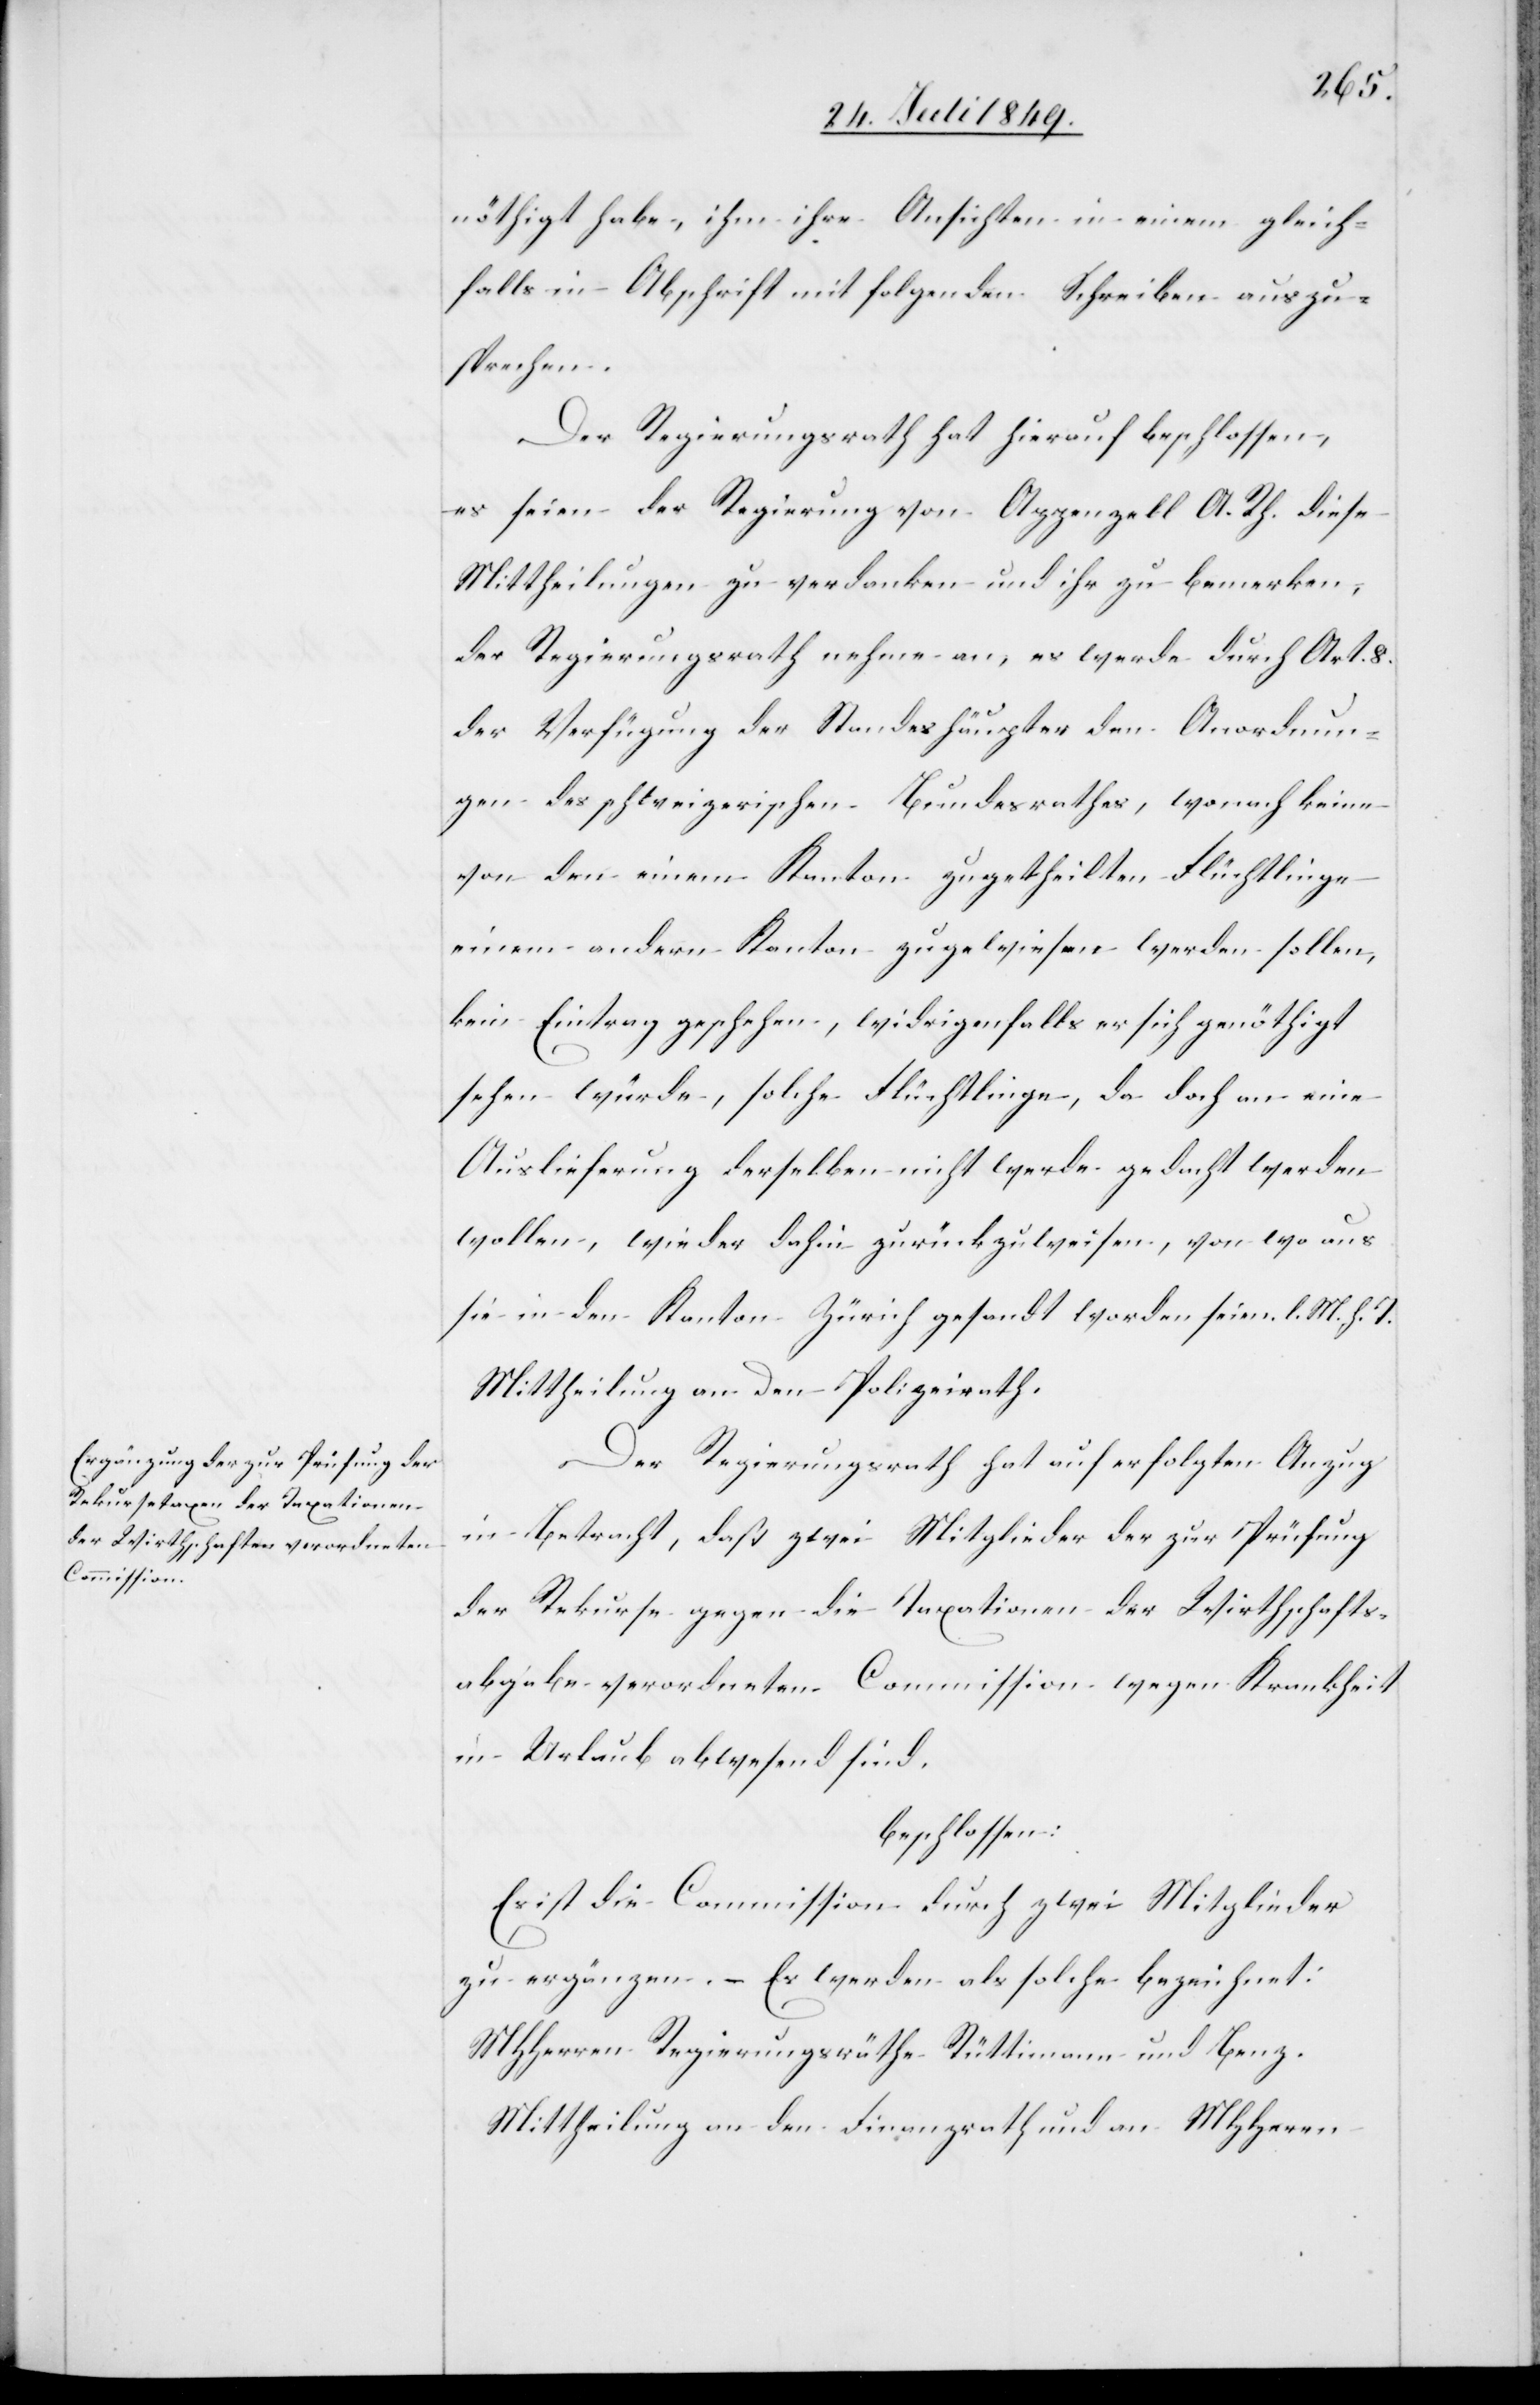
nöthigt habe, ihm ihre Ansichten in einem gleich¬
falls in Abschrift mit folgenden Schreiben auszu¬
sprechen.
Der Regierungsrath hat hierauf beschlossen,
es seien der Regierung von Appenzell A. Rh. diese
Mittheilungen zu verdanken und ihr zu bemerken,
der Regierungsrath nehme an, es werde durch Art. 8.
der Verfügung der Standeshäupter den Anordnun¬
gen des schweizerischen Bundesrathes, wonach keine
von den einem Kanton zugetheilten Flüchtlinge
einem andern Kanton zugewiesen werden sollen,
kein Eintrag geschehen, widrigenfalls er sich genöthigt
sehen würde, solche Flüchtlinge, da doch an eine
Auslieferung derselben nicht werde gedacht werden
wolle, wieder dahin zurückzuweisen, von wo aus
sie in den Kanton Zürich gesandt worden seien. l. M. h. T.
Mittheilung an den Polizeirath.
Der Regierungsrath hat auf erfolgten Anzug
in Betracht, daß zwei Mitglieder der zur Prüfung
der Rekurse gegen die Taxationen der Wirthschafts¬
abgabe verordneten Commission wegen Krankheit
in Urlaub abwesend sind.
beschlossen:
Es ist die Commission durch zwei Mitglieder
zu ergänzen. – Es werden als solche bezeichnet:
MHHerren Regierungsräthe Rüttimann und Benz.
Mittheilung an den Finanzrath und an MHHerrn